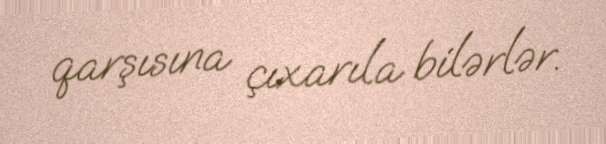
qarşısına çıxarıla bilərlər.